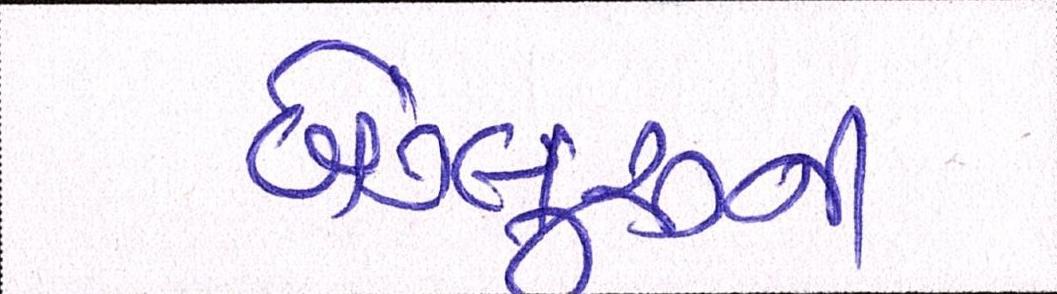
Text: બેંગલુરૂની